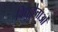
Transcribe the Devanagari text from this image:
विद्युद्वेत्ताओं